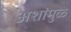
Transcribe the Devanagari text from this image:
अशांमुळे